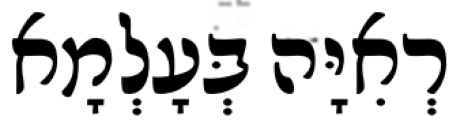
רְאִיָּה בְּעָלְמָא